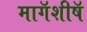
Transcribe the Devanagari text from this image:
मागॅशीषॅ